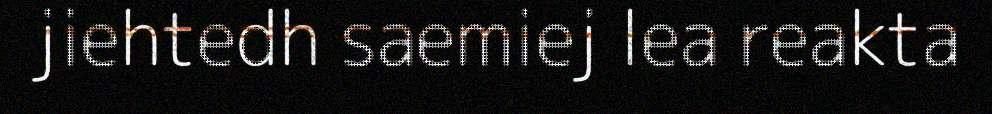
jiehtedh saemiej lea reakta